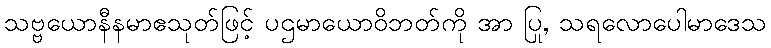
သဗ္ဗယောနီနမာဧသုတ်ဖြင့် ပဌမာယောဝိဘတ်ကို အာ ပြု, သရလောပေါမာဒေသ